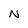
Character: N